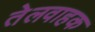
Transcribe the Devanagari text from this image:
तेलवाहक